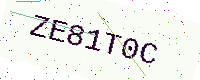
Text: ZE81T0C